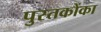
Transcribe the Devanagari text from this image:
पुस्‍तकोंका